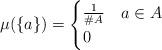
LaTeX: \begin{align*} \mu(\{a\})= \begin{cases} \frac{1}{\#A} &a\in A \\ 0 & \end{cases}\end{align*}